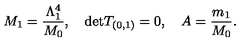
M _ { 1 } = \frac { \Lambda _ { 1 } ^ { 4 } } { M _ { 0 } } , \quad \mathrm { d e t } T _ { ( 0 , 1 ) } = 0 , \quad A = \frac { m _ { 1 } } { M _ { 0 } } .